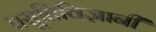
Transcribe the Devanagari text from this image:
प्रसूतिविज्ञानी